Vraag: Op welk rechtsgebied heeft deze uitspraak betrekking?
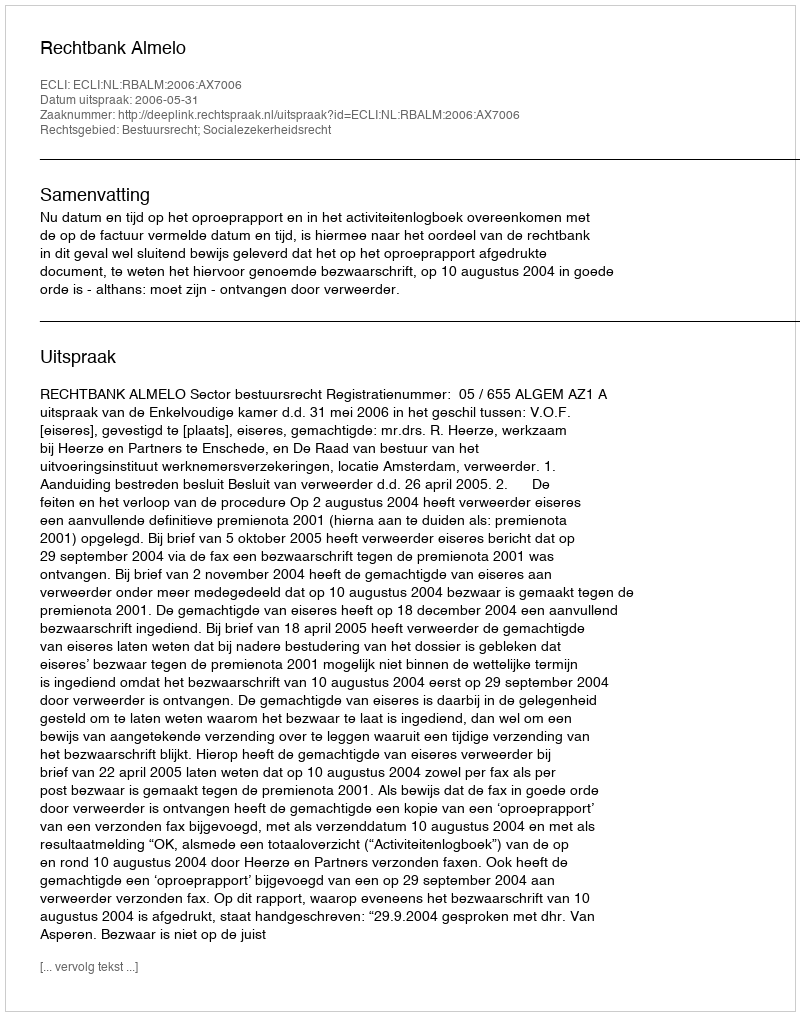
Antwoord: Bestuursrecht; Socialezekerheidsrecht